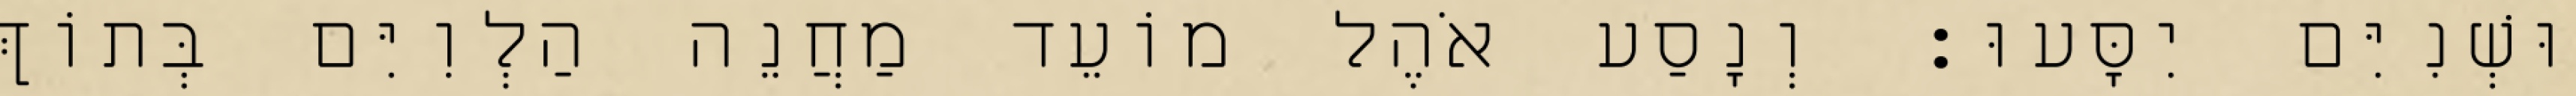
וּשְׁנִיִּם יִסָּעוּ׃ וְנָסַע אֹהֶל מוֹעֵד מַחֲנֵה הַלְוִיִּם בְּתוֹךְ